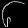
Digit: ၆